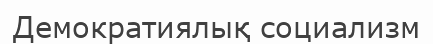
Демократиялық социализм